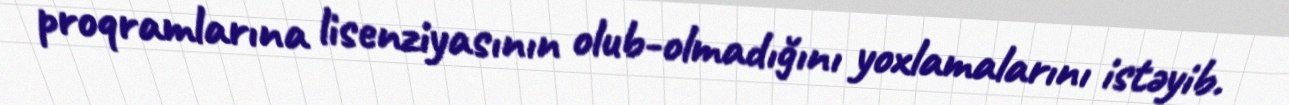
proqramlarına lisenziyasının olub-olmadığını yoxlamalarını istəyib.